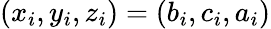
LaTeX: (x_{i},y_{i},z_{i})=(b_{i},c_{i},a_{i})